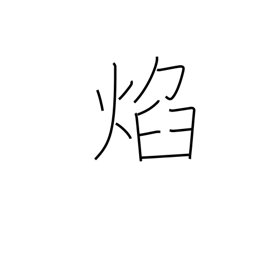
Meaning: glowing